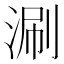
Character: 涮